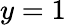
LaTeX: y=1